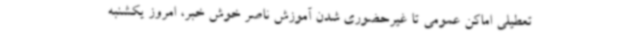
تعطیلی اماکن عمومی تا غیرحضوری شدن آموزش ناصر خوش خبر، امروز یکشنبه